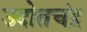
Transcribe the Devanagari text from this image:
उदोतचंद्र